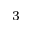
^ 3